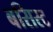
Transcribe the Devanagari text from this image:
बसिस्ट